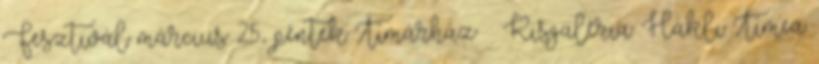
Fesztivál március 25., péntek Tímárház – Kisgaléria: Hákli Tímea